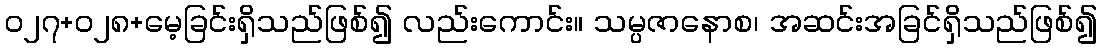
ဝ၂၇+၀၂၈+မေ့ခြင်းရှိသည်ဖြစ်၍ လည်းကောင်း။ သမ္ပဇာနောစ၊ အဆင်းအခြင်ရှိသည်ဖြစ်၍